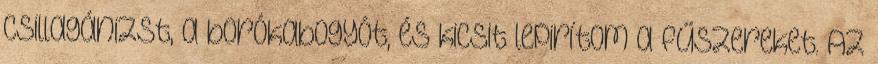
csillagánizst, a borókabogyót, és kicsit lepirítom a fűszereket. Az